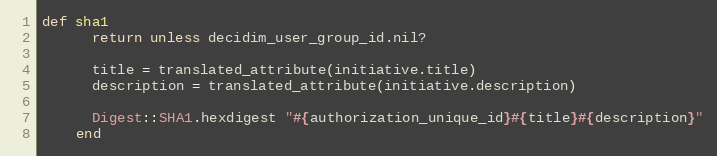
Language: Ruby
def sha1
      return unless decidim_user_group_id.nil?

      title = translated_attribute(initiative.title)
      description = translated_attribute(initiative.description)

      Digest::SHA1.hexdigest "#{authorization_unique_id}#{title}#{description}"
    end